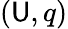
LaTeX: (\mathsf{U},q)